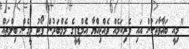
"މިއީ ބަޣާވާތަކުން އައި ވެރިކަމެއް ވެއްޖިއްޔާ އެމްޑީޕީގެ މެމްބަރުން ވޯޓު ދީގެން ބިލްތައް